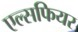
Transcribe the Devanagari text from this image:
एल्सफियर